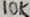
Text: 10K